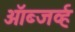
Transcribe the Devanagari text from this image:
ऑब्जर्व्ह